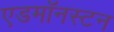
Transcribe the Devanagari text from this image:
एडमॉनस्टन